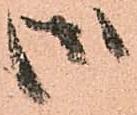
御